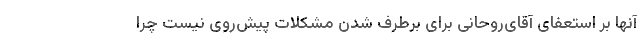
آنها بر استعفای آقای‌روحانی برای برطرف شدن مشکلات پیش‌روی نیست چرا